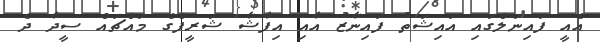
އެއީ ފައިނަލްގައި އައިޝަތު ފައިނާޒު އާއި އިފާޝާ ޝަރީފްގެ މައްޗައް ސީދާ ދެ